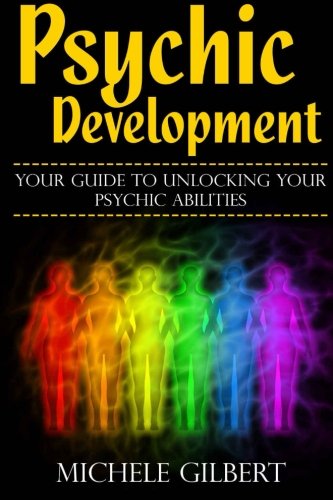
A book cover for Psychic Development: Your Guide To Unlocking Your Psychic Abilities (Chakra's Healing Stones,Intuition,Clairvoyance, ESP, Channeling, Mediumship); Michele Gilbert; Religion & Spirituality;